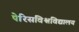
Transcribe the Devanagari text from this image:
पेरिसविश्वविद्यालय